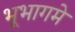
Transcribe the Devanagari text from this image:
भूभागमे